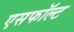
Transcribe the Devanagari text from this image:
एसफॉल्ट